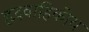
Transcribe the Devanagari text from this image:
हृदवाहिकीय